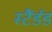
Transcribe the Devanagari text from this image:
स्टैंर्डड